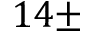
1 4 \pm